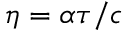
\eta = \alpha \tau / c